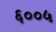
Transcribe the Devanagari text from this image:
६००५